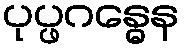
ပုပ္ဖဂန္ဓေန